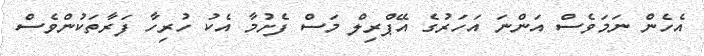
އެހެން ނަމަވެސް އަންނަ އަހަރުގެ އޭޕްރިލް މަސް ފެށުމާ އެކު ހުރިހާ ފަރާތަކުންވެސް